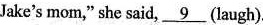
Jake's mom,"she said,\underline{9}(laugh).